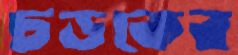
চড়কের